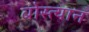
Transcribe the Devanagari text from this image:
बोस्त्यान